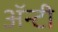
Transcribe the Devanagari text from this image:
ॲन्टी